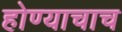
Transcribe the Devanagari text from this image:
होण्याचाच